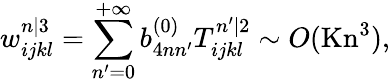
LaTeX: w_{ijkl}^{n|3}=\sum_{n^{\prime}=0}^{+\infty}b_{4nn^{\prime}}^{(0)}T_{ijkl}^{n^{\prime}|2}\sim O(\mathrm{Kn}^{3}),